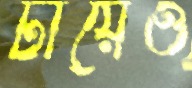
টায়েও